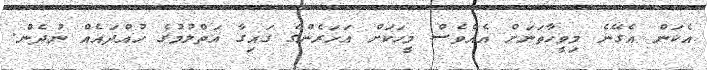
އެކަން އެގޭނެ މިވީހާތަނަށް އެއްވެސް މީހަކަށް އަހަރެންގެ ގައިގާ އަތްލުމުގެ ހުއްދައެއް ނުދެން.